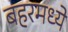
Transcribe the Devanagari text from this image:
बहरमध्ये